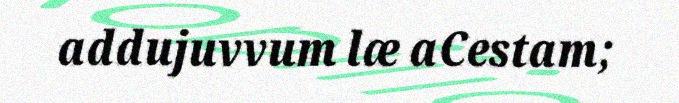
addujuvvum læ aCestam;